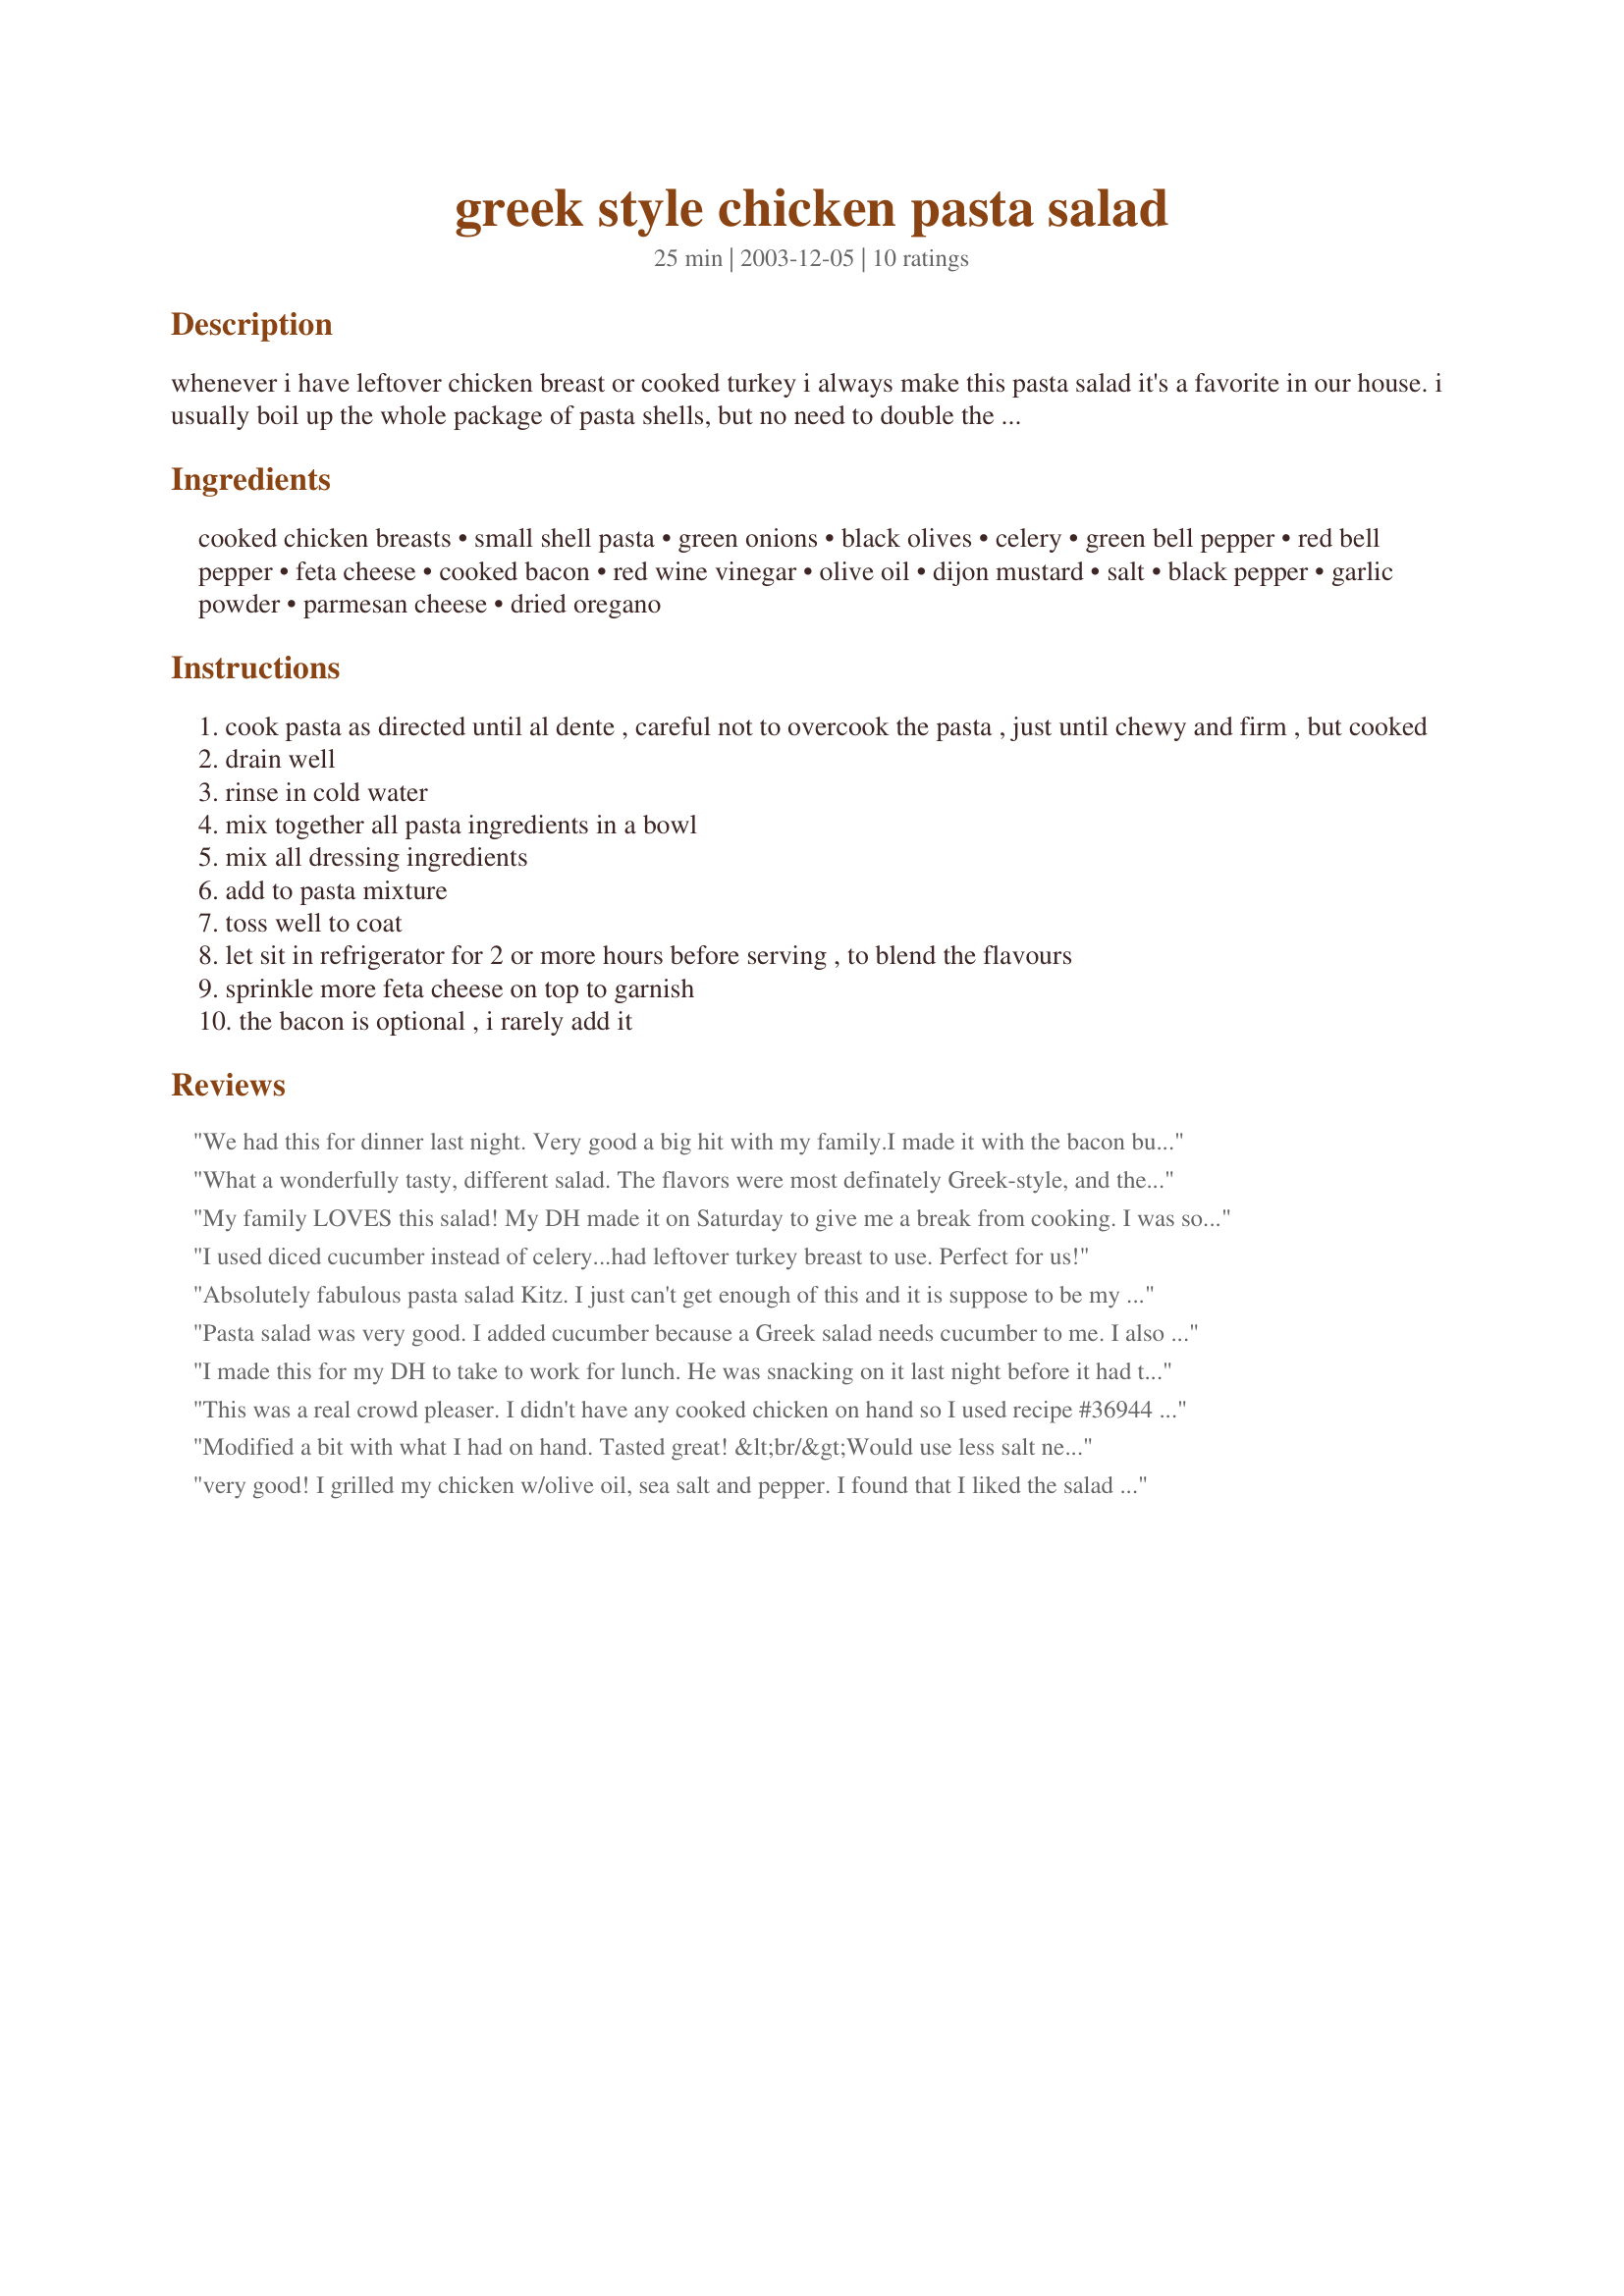
greek style chicken pasta salad
Preparation time: 25 minutes

whenever i have leftover chicken breast or cooked turkey i always make this pasta salad it's a favorite in our house. i usually boil up the whole package of pasta shells, but no need to double the dressing recipe, it's enough for the whole package of pasta. also, i always add in 2 medium chopped firm tomatoes to the salad. you will love this, it's almost like a greek salad!

Ingredients:
cooked chicken breasts, small shell pasta, green onions, black olives, celery, green bell pepper, red bell pepper, feta cheese, cooked bacon, red wine vinegar, olive oil, dijon mustard, salt, black pepper, garlic powder, parmesan cheese, dried oregano

Steps:
cook pasta as directed until al dente , careful not to overcook the pasta , just until chewy and firm , but cooked
drain well
rinse in cold water
mix together all pasta ingredients in a bowl
mix all dressing ingredients
add to pasta mixture
toss well to coat
let sit in refrigerator for 2 or more hours before serving , to blend the flavours
sprinkle more feta cheese on top to garnish
the bacon is optional , i rarely add it

Reviews:
We had this for dinner last night. Very good a big hit with my family.I made it with the bacon but next time I wont. The tomatoes are a must have in this salad. The dressing was awesome! I used a stick blender to whip the dressing. Thanks Kitten =]
What a wonderfully tasty, different salad. The flavors were most definately Greek-style, and they worked well. I cut this recipe in half, and it was still a lot, so I shared with my Mom.
Great salad, and will be used again, especiallly in the summer when I keep cooking to a minimum. Thanks for sharing, Kitten!!!
My family LOVES this salad! My DH made it on Saturday to give me a break from cooking. I was so impressed that he took the initiative to make something so fabulous ;)
I used diced cucumber instead of celery...had leftover turkey breast to use. Perfect for us!
Absolutely fabulous pasta salad Kitz. I just can't get enough of this and it is suppose to be my lunches this coming week. It not only taste fantastic, it is absolutely beautiful. I would not change a thing about this recipe. I left off the bacon and don't think I'll add it next time either. Thanks so much sweetie.
Pasta salad was very good. I added cucumber because a Greek salad needs cucumber to me. I also grilled the chicken breasts on my George Forman grill seasoning them with Cavender's Greek seasoning before grilling. I only used half the olives mainly because I had whole olives and after slicing one cup, I thought that looked like enough. I will use more feta next time. Thanks for the recipe.
I made this for my DH to take to work for lunch. He was snacking on it last night before it had time to sit very long in the refrigerator. I left out the feta cheese because I didn't have any. I also omitted the bacon he doesn't do pork. Other than that I followed the recipe.
This was a real crowd pleaser. I didn't have any cooked chicken on hand so I used recipe #36944 and it worked great. The flavors were much better the next day. If you can, I recommend making it a day before you want to serve. As recommended, I served with reserved feta crumbled on top and it was really pretty. Thanks Kitten!
Modified a bit with what I had on hand. Tasted great! &lt;br/&gt;Would use less salt next time (and I like salt).&lt;br/&gt; Used whole # of pasta.
very good! I grilled my chicken w/olive oil, sea salt and pepper. I found that I liked the salad better the 2nd and 3rd day after making it - I guess the longer it sets, the better the flavors blend! Thanks for a share-able recipe!
